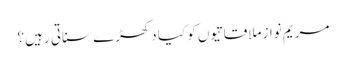
مریم نواز ملاقاتیوں کو کیا دکھڑے سناتی رہیں ؟